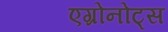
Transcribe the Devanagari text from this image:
एग्रोनोट्स